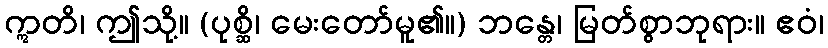
ဣတိ၊ ဤသို့။ (ပုစ္ဆိ၊ မေးတော်မူ၏။) ဘန္တေ၊ မြတ်စွာဘုရား။ ဧဝံ၊